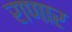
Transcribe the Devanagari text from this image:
राणार